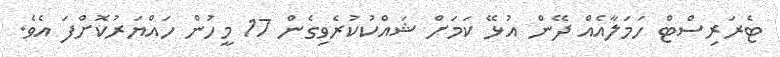
ޓެރަރިސްޓް ހަމަލާއެެއް ދޭން އުޅޭ ކަމަށް ޝައްކުކުރެވިގެން 17 މީހުން ހައްޔަރުކޮށްފަ އެވެ.